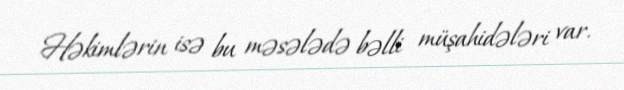
Həkimlərin isə bu məsələdə bəlli müşahidələri var.